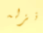
انزله